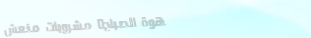
قهوة الصباح: مشروبات منعش